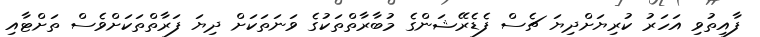
ފާއިތުވި އަހަރު ކުރިޔަށްދިޔަ ޗެސް ފެޑެރޭޝަންގެ މުބާރާތްތަކުގެ ވަނަތަކަށް ދިޔަ ފަރާތްތަކަށްވެސް ތަށްޓާއި